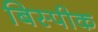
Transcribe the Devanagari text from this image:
बिस्पीक